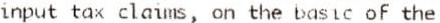
INPUT TAX CLAIMS, ON THE BASIC OF THE